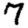
Digit: 7